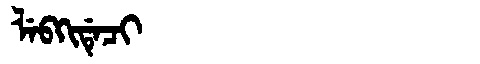
Manchu: ᠯᡝᠪᡴᡳᡩᡝᠴᡳ
Romanization: LEBKIDECI